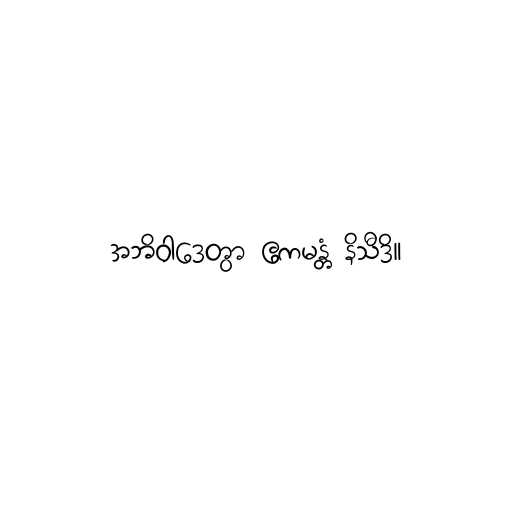
အဘိဝါဒေတွာ ဧကမန္တံ နိသီဒိ။